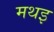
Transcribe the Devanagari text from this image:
मथइ